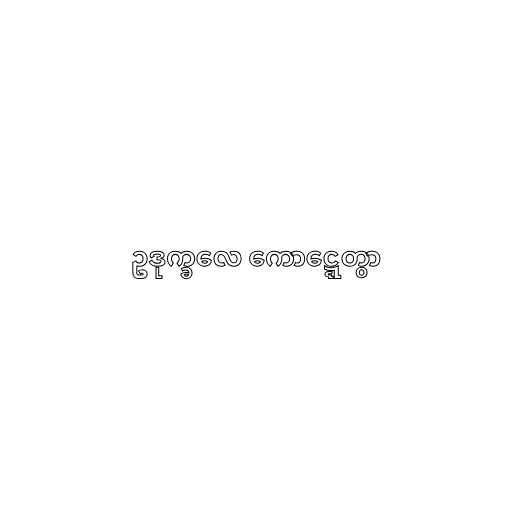
ဥဒုက္ခလေ ကောဋ္ဋေတွာ